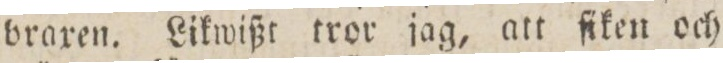
braxen. Likwißt tror jag, att ſiken och